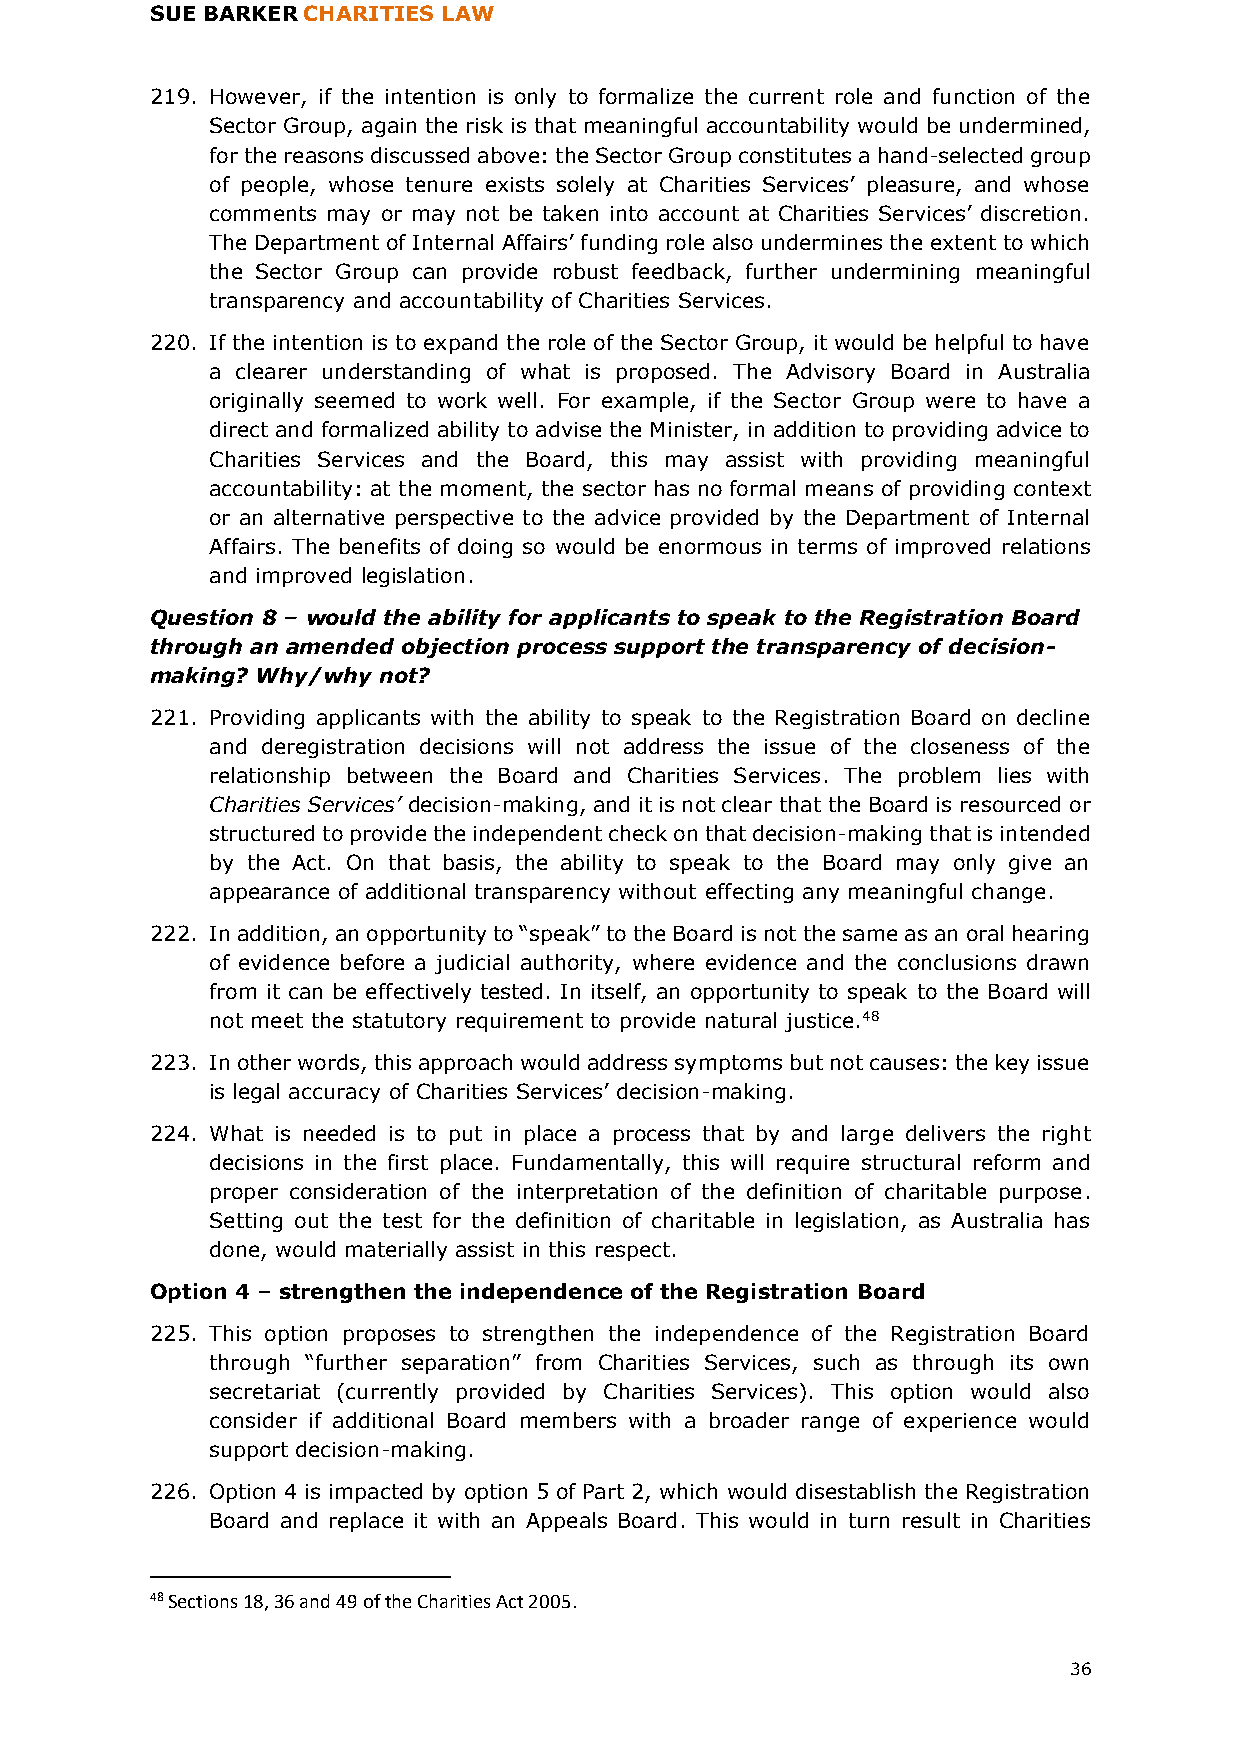
SUE BARKER CHARITIES LAW
 219. However, if the intention is only to formalize the current role and function of the
 Sector Group, again the risk is that meaningful accountability would be undermined,
 for the reasons discussed above: the Sector Group constitutes a hand-selected group
 of people, whose tenure exists solely at Charities Services’ pleasure, and whose
 comments may or may not be taken into account at Charities Services’ discretion.
 The Department of Internal Affairs’ funding role also undermines the extent to which
 the Sector Group can provide robust feedback, further undermining meaningful
 transparency and accountability of Charities Services.
 220. If the intention is to expand the role of the Sector Group, it would be helpful to have
 a clearer understanding of what is proposed. The Advisory Board in Australia
 originally seemed to work well. For example, if the Sector Group were to have a
 direct and formalized ability to advise the Minister, in addition to providing advice to
 Charities Services and the Board, this may assist with providing meaningful
 accountability: at the moment, the sector has no formal means of providing context
 or an alternative perspective to the advice provided by the Department of Internal
 Affairs. The benefits of doing so would be enormous in terms of improved relations
 and improved legislation.
 Question 8 – would the ability for applicants to speak to the Registration Board
 through an amended objection process support the transparency of decision-
 making? Why/why not?
 221. Providing applicants with the ability to speak to the Registration Board on decline
 and deregistration decisions will not address the issue of the closeness of the
 relationship between the Board and Charities Services. The problem lies with
 Charities Services’ decision-making, and it is not clear that the Board is resourced or
 structured to provide the independent check on that decision-making that is intended
 by the Act. On that basis, the ability to speak to the Board may only give an
 appearance of additional transparency without effecting any meaningful change.
 222. In addition, an opportunity to “speak” to the Board is not the same as an oral hearing
 of evidence before a judicial authority, where evidence and the conclusions drawn
 from it can be effectively tested. In itself, an opportunity to speak to the Board will
 not meet the statutory requirement to provide natural justice.48
 223. In other words, this approach would address symptoms but not causes: the key issue
 is legal accuracy of Charities Services’ decision-making.
 224. What is needed is to put in place a process that by and large delivers the right
 decisions in the first place. Fundamentally, this will require structural reform and
 proper consideration of the interpretation of the definition of charitable purpose.
 Setting out the test for the definition of charitable in legislation, as Australia has
 done, would materially assist in this respect.
 Option 4 – strengthen the independence of the Registration Board
 225. This option proposes to strengthen the independence of the Registration Board
 through “further separation” from Charities Services, such as through its own
 secretariat (currently provided by Charities Services). This option would also
 consider if additional Board members with a broader range of experience would
 support decision-making.
 226. Option 4 is impacted by option 5 of Part 2, which would disestablish the Registration
 Board and replace it with an Appeals Board. This would in turn result in Charities
 48 Sections 18, 36 and 49 of the Charities Act 2005.
 36